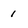
Character: 1